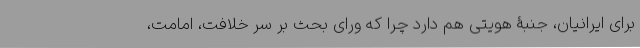
برای ایرانیان، جنبۀ هویتی هم دارد چرا که ورای بحث بر سر خلافت، امامت،